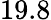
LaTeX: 19.8